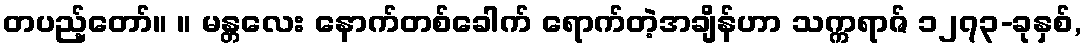
တပည့်တော်။ ။ မန္တလေး နောက်တစ်ခေါက် ရောက်တဲ့အချိန်ဟာ သက္ကရာဇ် ၁၂၇၃-ခုနှစ်,